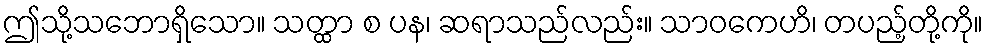
ဤသို့သဘောရှိသော။ သတ္ထာ စ ပန၊ ဆရာသည်လည်း။ သာဝကေဟိ၊ တပည့်တို့ကို။